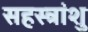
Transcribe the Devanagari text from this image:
सहस्त्रांशु